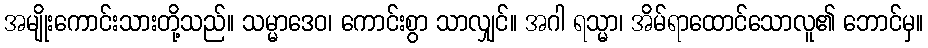
အမျိုးကောင်းသားတို့သည်။ သမ္မာဒေဝ၊ ကောင်းစွာ သာလျှင်။ အဂါ ရသ္မာ၊ အိမ်ရာထောင်သောလူ၏ ဘောင်မှ။